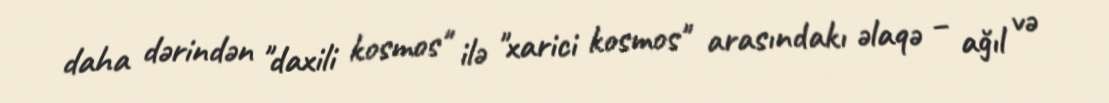
daha dərindən "daxili kosmos" ilə "xarici kosmos" arasındakı əlaqə – ağıl və